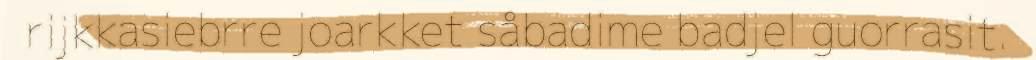
rijkkasiebrre joarkket såbadime badjel guorrasit.